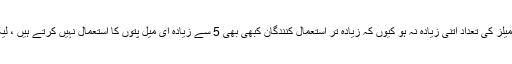
آخر میں ای میل اکاؤنٹس اور ای میل اسٹوریج کی تعداد بنیادی منصوبے پر کافی محدود ہے. شاید ای میلز کی تعداد اتنی زیادہ نہ ہو کیوں کہ زیادہ تر استعمال کنندگان کبھی بھی 5 سے زیادہ ای میل پتوں کا استعمال نہیں کرتے ہیں ، لیکن صرف 100MB ای میل اسٹوریج کی جگہ کافی کم ہے اور آپ جلدی سے جگہ ختم کرسکتے ہیں۔